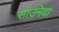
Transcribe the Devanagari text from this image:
साउमेया